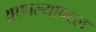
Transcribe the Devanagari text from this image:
आणल्याबद्दल